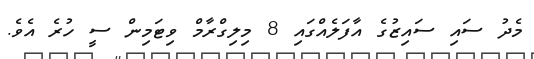
މެދު ސައި ސައިޒުގެ އާފަލެއްގައި 8 މިލިގްރާމް ވިޓަމިން ސީ ހުރެ އެވެ.